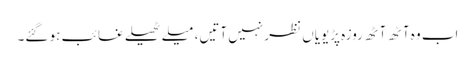
اب وہ آٹھ آٹھ روزہ پڑیویاں نظر نہیں آتیں، میلے ٹھیلے غائب ہو گئے۔